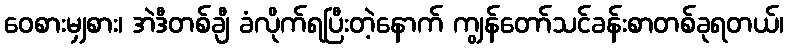
ဝေစားမျှစား၊ အဲဒီတစ်ချီ ခံလိုက်ရပြီးတဲ့နောက် ကျွန်တော်သင်ခန်းစာတစ်ခုရတယ်၊